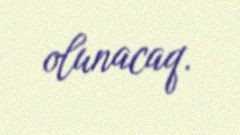
olunacaq.